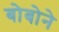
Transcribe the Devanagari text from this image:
बोबोने